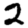
Digit: 2